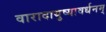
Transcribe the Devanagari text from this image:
वारादायुष्यावर्धनम्